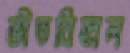
ভীতবিহ্বল